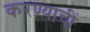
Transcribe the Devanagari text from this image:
करण्याचीं